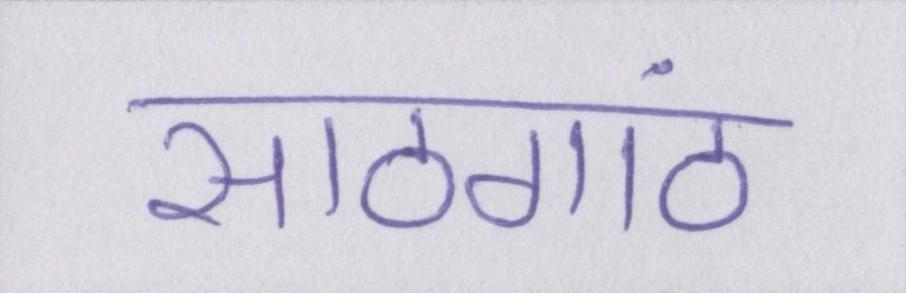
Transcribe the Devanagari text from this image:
साठगांठ